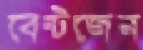
বেন্টজেন